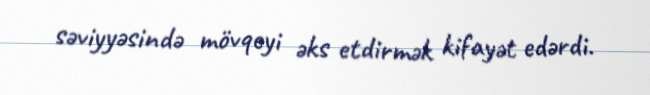
səviyyəsində mövqeyi əks etdirmək kifayət edərdi.